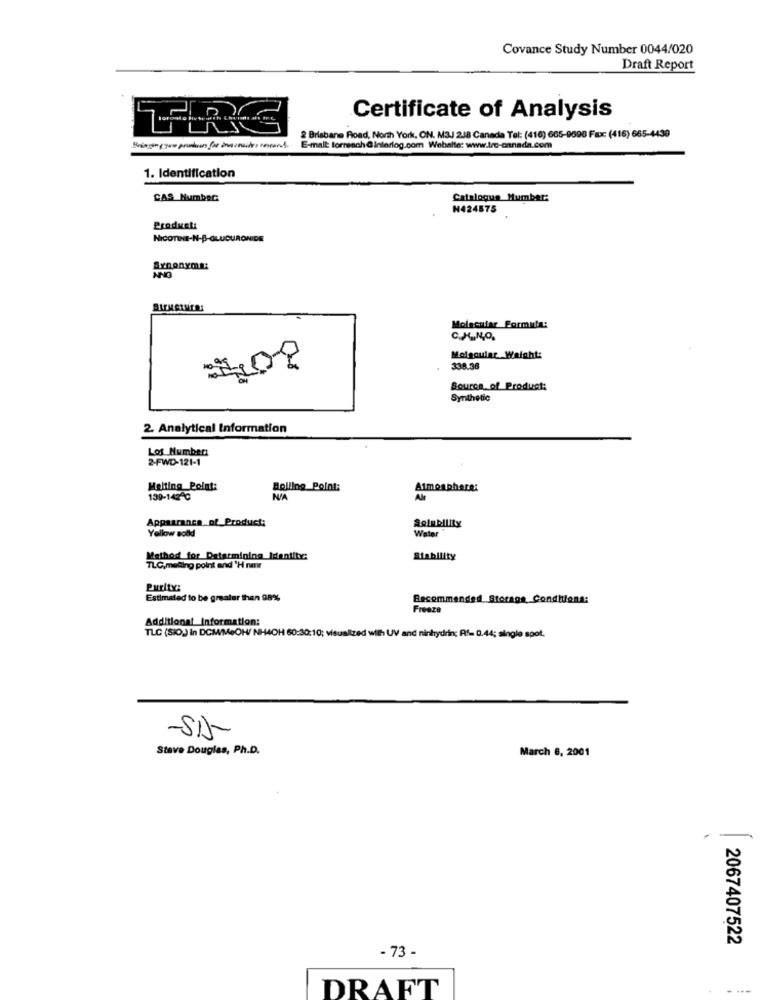
Covance Study Number 0044/020
Draft Report
Certificate of Analysis
2 Brisbane Road, North York, ON. M3J 218 Canada Tel: (416) 665-9096 Fax: (416) 665-4439
E-mail: forreach @interlog.com Website: www.trc-onnada.com
1. Identification
CAS Number:
Catalogue Number:
₦424575
Producti
NICOTINE-N-B-GLUCURONIDE
Synonyma:
NNO
Molecular Formula:
C.HUN,O.
Molgoular Weight:
338.38
Source of Product:
Synthetic
2. Analytical Information
Lot Number:
2-FWD-121-1
Melting Point:
Bolling Point:
Atmosphere:
139-142 ℃
NIA
Ale
Appearance of Product:
Yellow solld
Solubility
Waler
Method for Datamining Identity:
Siability
TLC,meling point and 'H na
Purity:
Estimated to be greater than 98%
Recommended Storage Conditions:
Freeze
Additional Information:
TLC (SIO) in DCM/MeOH/ NH4OH 60:30:10; visualized with UV and ninhydrin; Rf- 0.44; single spot.
-515
Stave Douglas, Ph.D.
March 6, 2001
2067407522
- 73 -
DRAFT
- ---